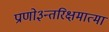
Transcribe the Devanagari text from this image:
प्राणो३न्तरिक्षमात्मा